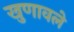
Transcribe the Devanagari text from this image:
खुणावले